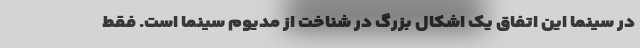
در سینما این اتفاق یک اشکال بزرگ در شناخت از مدیوم سینما است. فقط